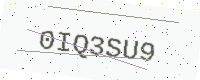
Text: 0IQ3SU9